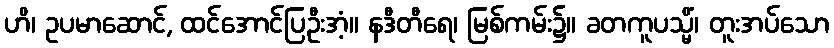
ဟိ၊ ဥပမာဆောင်, ထင်အောင်ပြဦးအံ့။ နဒီတီရေ၊ မြစ်ကမ်း၌။ ခတကူပသ္မိံ၊ တူးအပ်သော